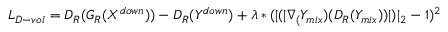
L _ { D - v o l } = D _ { R } ( G _ { R } ( X ^ { d o w n } ) ) - D _ { R } ( Y ^ { d o w n } ) + \lambda * ( | ( | \nabla _ { ( } Y _ { m i x } ) ( D _ { R } ( Y _ { m i x } ) ) | ) | _ { 2 } - 1 ) ^ { 2 }